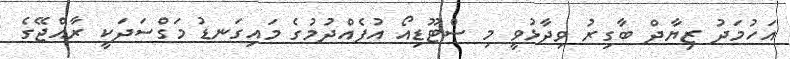
އަހުމަދު ޒިޔާދް ބާގިރު ވިދާޅުވީ މި ސްޓޫޑިއޯ އުފެއްދުމުގެ މައިގަނޑުު މަގްސަދަކީ ރާއްޖޭގެ